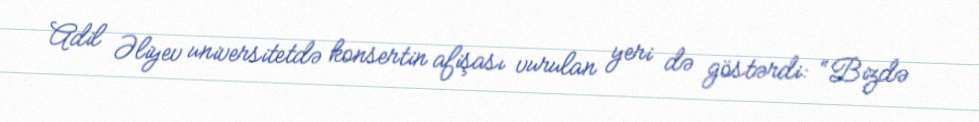
Adil Əliyev universitetdə konsertin afişası vurulan yeri də göstərdi: “Bizdə